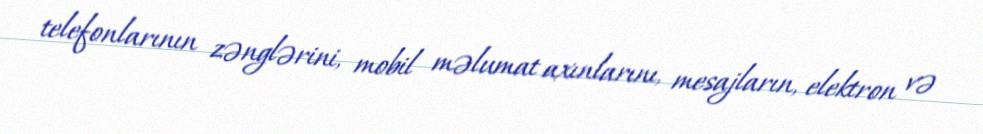
telefonlarının zənglərini, mobil məlumat axınlarını, mesajların, elektron və